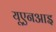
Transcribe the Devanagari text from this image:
यूएनआइ